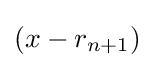
{(x-r_{n+1})}